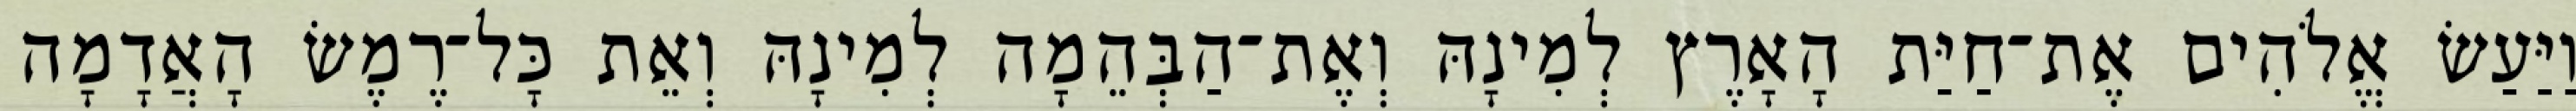
וַיַּעַשׂ אֱלֹהִים אֶת־חַיַּת הָאָרֶץ לְמִינָהּ וְאֶת־הַבְּהֵמָה לְמִינָהּ וְאֵת כָּל־רֶמֶשׂ הָאֲדָמָה